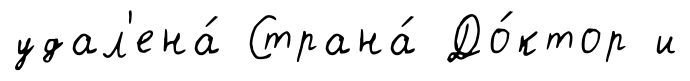
удал'ена́ Страна́ До́ктор и